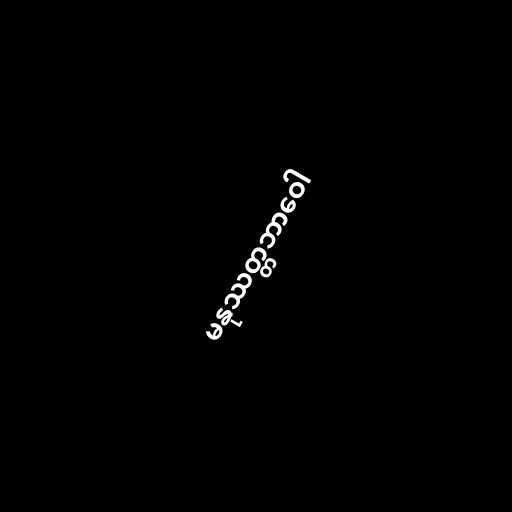
မနုဿတ္တဘာဝေါ